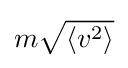
m{\sqrt {\left\langle v^{2}\right\rangle }}